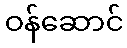
ဝန်ဆောင်